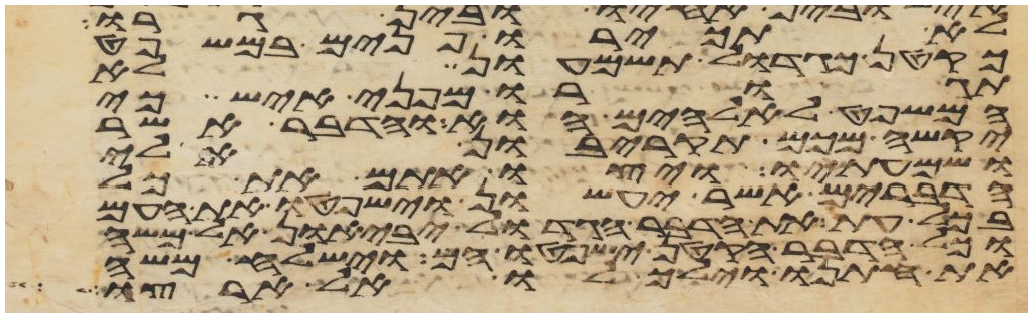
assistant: לא תכירו פנים במשפט
כקטן כגדול תשמעון לא
תגורו מפני איש כי
המשפט לאלהים הוא והדבר אשר
יקשה מכם תקריבון אלי
ושמעתיו ויצו אתם את כל
הדברים אשר יעשון וישפטו את העם
בכל עת את הדבר הגדול יביאון אל משה
וכל הדבר הקטן ישפטו הם וישלח משה
את חתנו וילך לו אל ארצו